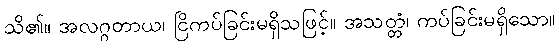
သိ၏။ အလဂ္ဂတာယ၊ ငြိကပ်ခြင်းမရှိသဖြင့်။ အသတ္တံ၊ ကပ်ခြင်းမရှိသော။